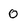
Character: 0